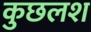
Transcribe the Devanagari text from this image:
कुछलश